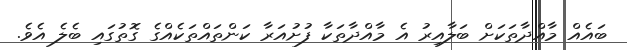
ބައެއް މާއްދާތަކަށް ބަލާއިރު އެ މާއްދާތަކާ ފުށުއަރާ ކަންތައްތަކެއްގެ ގޮތުގައި ބެލެ އެވެ.